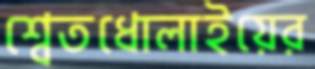
শ্বেতধোলাইয়ের